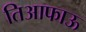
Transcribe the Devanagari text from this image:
तिआफाऊ